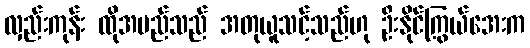
လှည်းကုန်း ထိုအမည်သည် အတုယူသင့်သည်ဟု ဦးနိုင်ကြွယ်အေးက